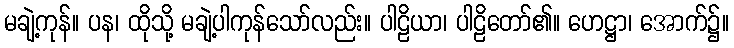
မချဲ့ကုန်။ ပန၊ ထိုသို့ မချဲ့ပါကုန်သော်လည်း။ ပါဠိယာ၊ ပါဠိတော်၏။ ဟေဋ္ဌာ၊ အောက်၌။